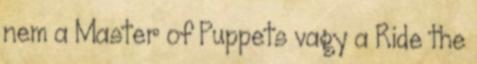
nem a Master of Puppets vagy a Ride the